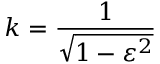
k = { \frac { 1 } { \sqrt { 1 - \varepsilon ^ { 2 } } } }